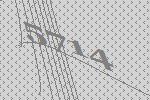
5714